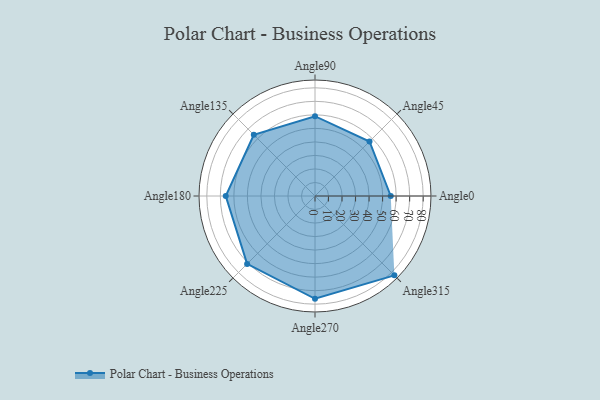
{"axis": {"x": "Angle", "y": "Radius"}, "legend": [""], "data": [{"x": "Angle0", "y": 56.0, "type": ""}, {"x": "Angle45", "y": 57.0, "type": ""}, {"x": "Angle90", "y": 59.0, "type": ""}, {"x": "Angle135", "y": 64.0, "type": ""}, {"x": "Angle180", "y": 66.0, "type": ""}, {"x": "Angle225", "y": 71.0, "type": ""}, {"x": "Angle270", "y": 76.0, "type": ""}, {"x": "Angle315", "y": 83.0, "type": ""}]}